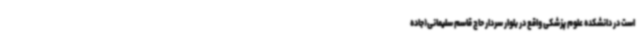
است در دانشکده علوم پزشکی واقع در بلوار سردار حاج قاسم سلیمانی(جاده